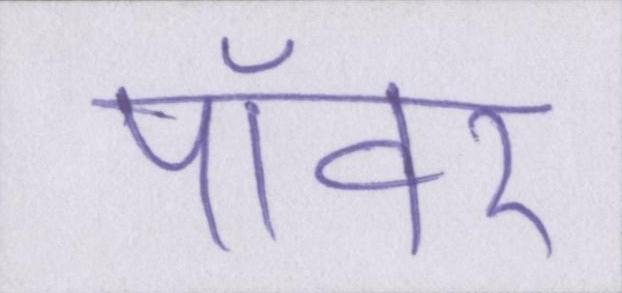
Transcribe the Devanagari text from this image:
पॉवर